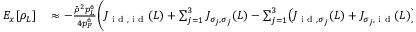
\begin{array} { r l } { E _ { x } [ \rho _ { L } ] } & { { } \approx - \frac { \bar { \rho } ^ { 2 } p _ { L } ^ { 6 } } { 4 p _ { F } ^ { 6 } } \biggr ( J _ { \textnormal { i d } , \textnormal { i d } } ( L ) + \sum _ { j = 1 } ^ { 3 } J _ { \sigma _ { j } , \sigma _ { j } } ( L ) - \sum _ { j = 1 } ^ { 3 } \bigr ( J _ { \textnormal { i d } , \sigma _ { j } } ( L ) + J _ { \sigma _ { j } , \textnormal { i d } } ( L ) \bigr ) \biggr ) } \end{array}